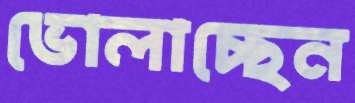
ভোলাচ্ছেন